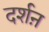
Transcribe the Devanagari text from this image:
दर्शऩ